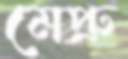
মেপ্রু